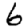
Digit: 6